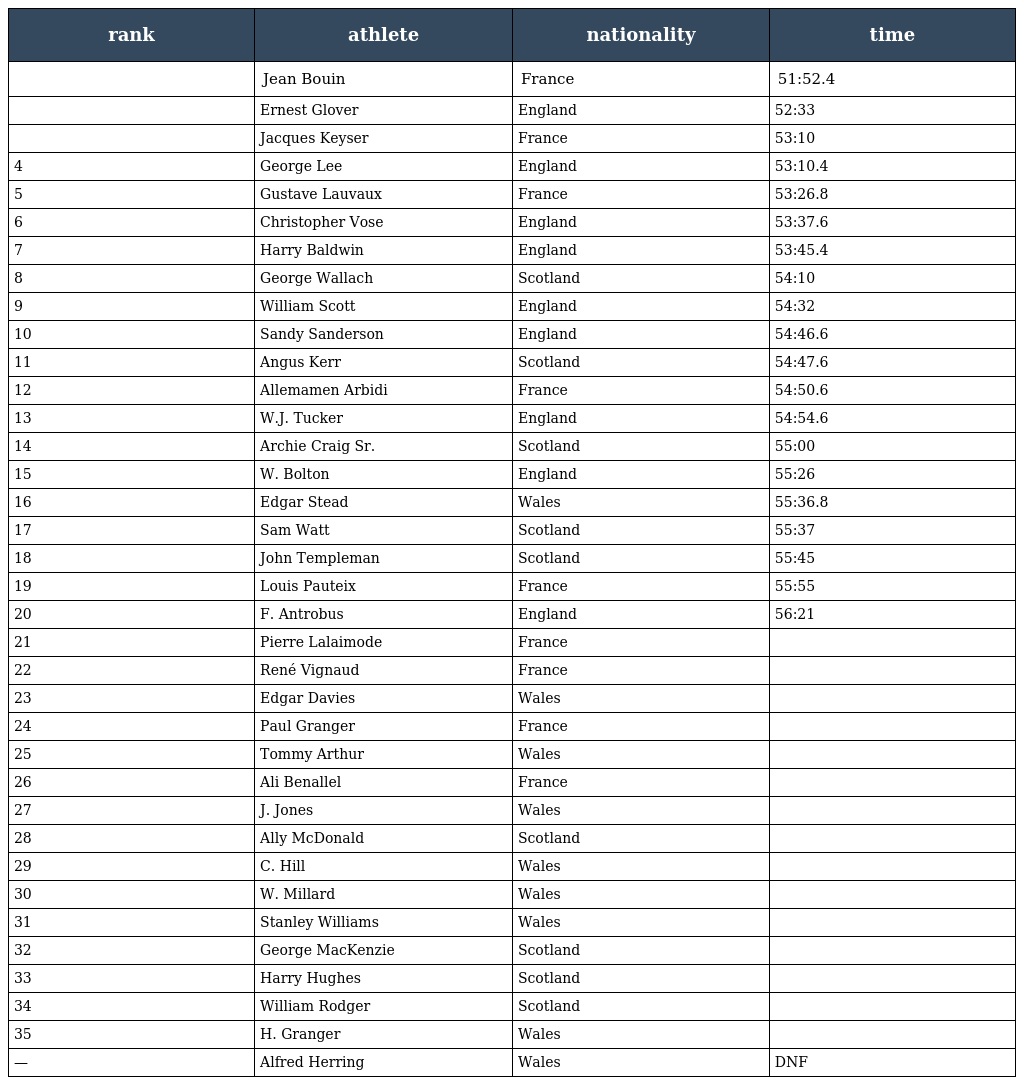
| rank | athlete | nationality | time |
 | --- | --- | --- | --- |
 |  | Jean Bouin | France | 51:52.4 |
 |  | Ernest Glover | England | 52:33 |
 |  | Jacques Keyser | France | 53:10 |
 | 4 | George Lee | England | 53:10.4 |
 | 5 | Gustave Lauvaux | France | 53:26.8 |
 | 6 | Christopher Vose | England | 53:37.6 |
 | 7 | Harry Baldwin | England | 53:45.4 |
 | 8 | George Wallach | Scotland | 54:10 |
 | 9 | William Scott | England | 54:32 |
 | 10 | Sandy Sanderson | England | 54:46.6 |
 | 11 | Angus Kerr | Scotland | 54:47.6 |
 | 12 | Allemamen Arbidi | France | 54:50.6 |
 | 13 | W.J. Tucker | England | 54:54.6 |
 | 14 | Archie Craig Sr. | Scotland | 55:00 |
 | 15 | W. Bolton | England | 55:26 |
 | 16 | Edgar Stead | Wales | 55:36.8 |
 | 17 | Sam Watt | Scotland | 55:37 |
 | 18 | John Templeman | Scotland | 55:45 |
 | 19 | Louis Pauteix | France | 55:55 |
 | 20 | F. Antrobus | England | 56:21 |
 | 21 | Pierre Lalaimode | France |  |
 | 22 | René Vignaud | France |  |
 | 23 | Edgar Davies | Wales |  |
 | 24 | Paul Granger | France |  |
 | 25 | Tommy Arthur | Wales |  |
 | 26 | Ali Benallel | France |  |
 | 27 | J. Jones | Wales |  |
 | 28 | Ally McDonald | Scotland |  |
 | 29 | C. Hill | Wales |  |
 | 30 | W. Millard | Wales |  |
 | 31 | Stanley Williams | Wales |  |
 | 32 | George MacKenzie | Scotland |  |
 | 33 | Harry Hughes | Scotland |  |
 | 34 | William Rodger | Scotland |  |
 | 35 | H. Granger | Wales |  |
 | — | Alfred Herring | Wales | DNF |